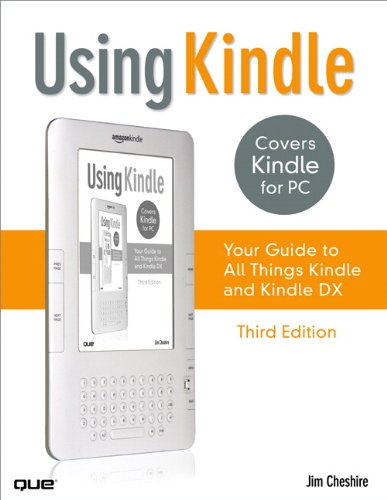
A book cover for Using Kindle: Your Guide to All Things Kindle; Jim Cheshire; Computers & Technology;